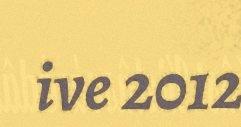
ive 2012